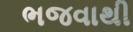
ભજવાથી